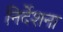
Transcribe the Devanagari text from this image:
निर्देशना